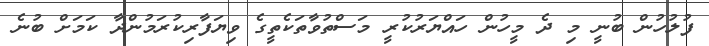
ފުލުހުން ބުނީ މި ދެ މީހުން ހައްޔަރުކުރީ މަސްތުވާތަކެތީގެ ވިޔަފާރިކުރަމުންދާ ކަމަށް ބުނެ